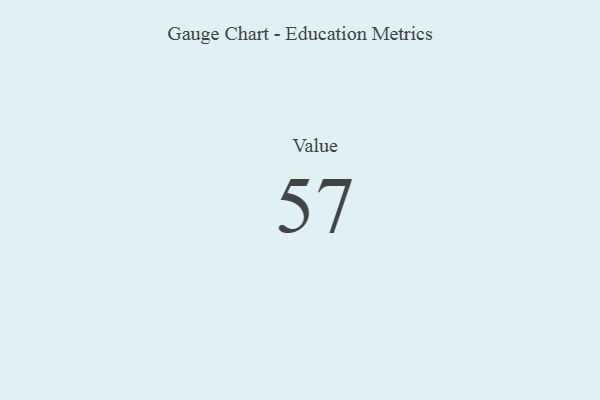
{"axis": {"x": "Metric", "y": "Value"}, "legend": [""], "data": [{"x": "Value", "y": 57, "type": ""}]}